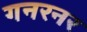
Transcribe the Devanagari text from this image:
गनरनर